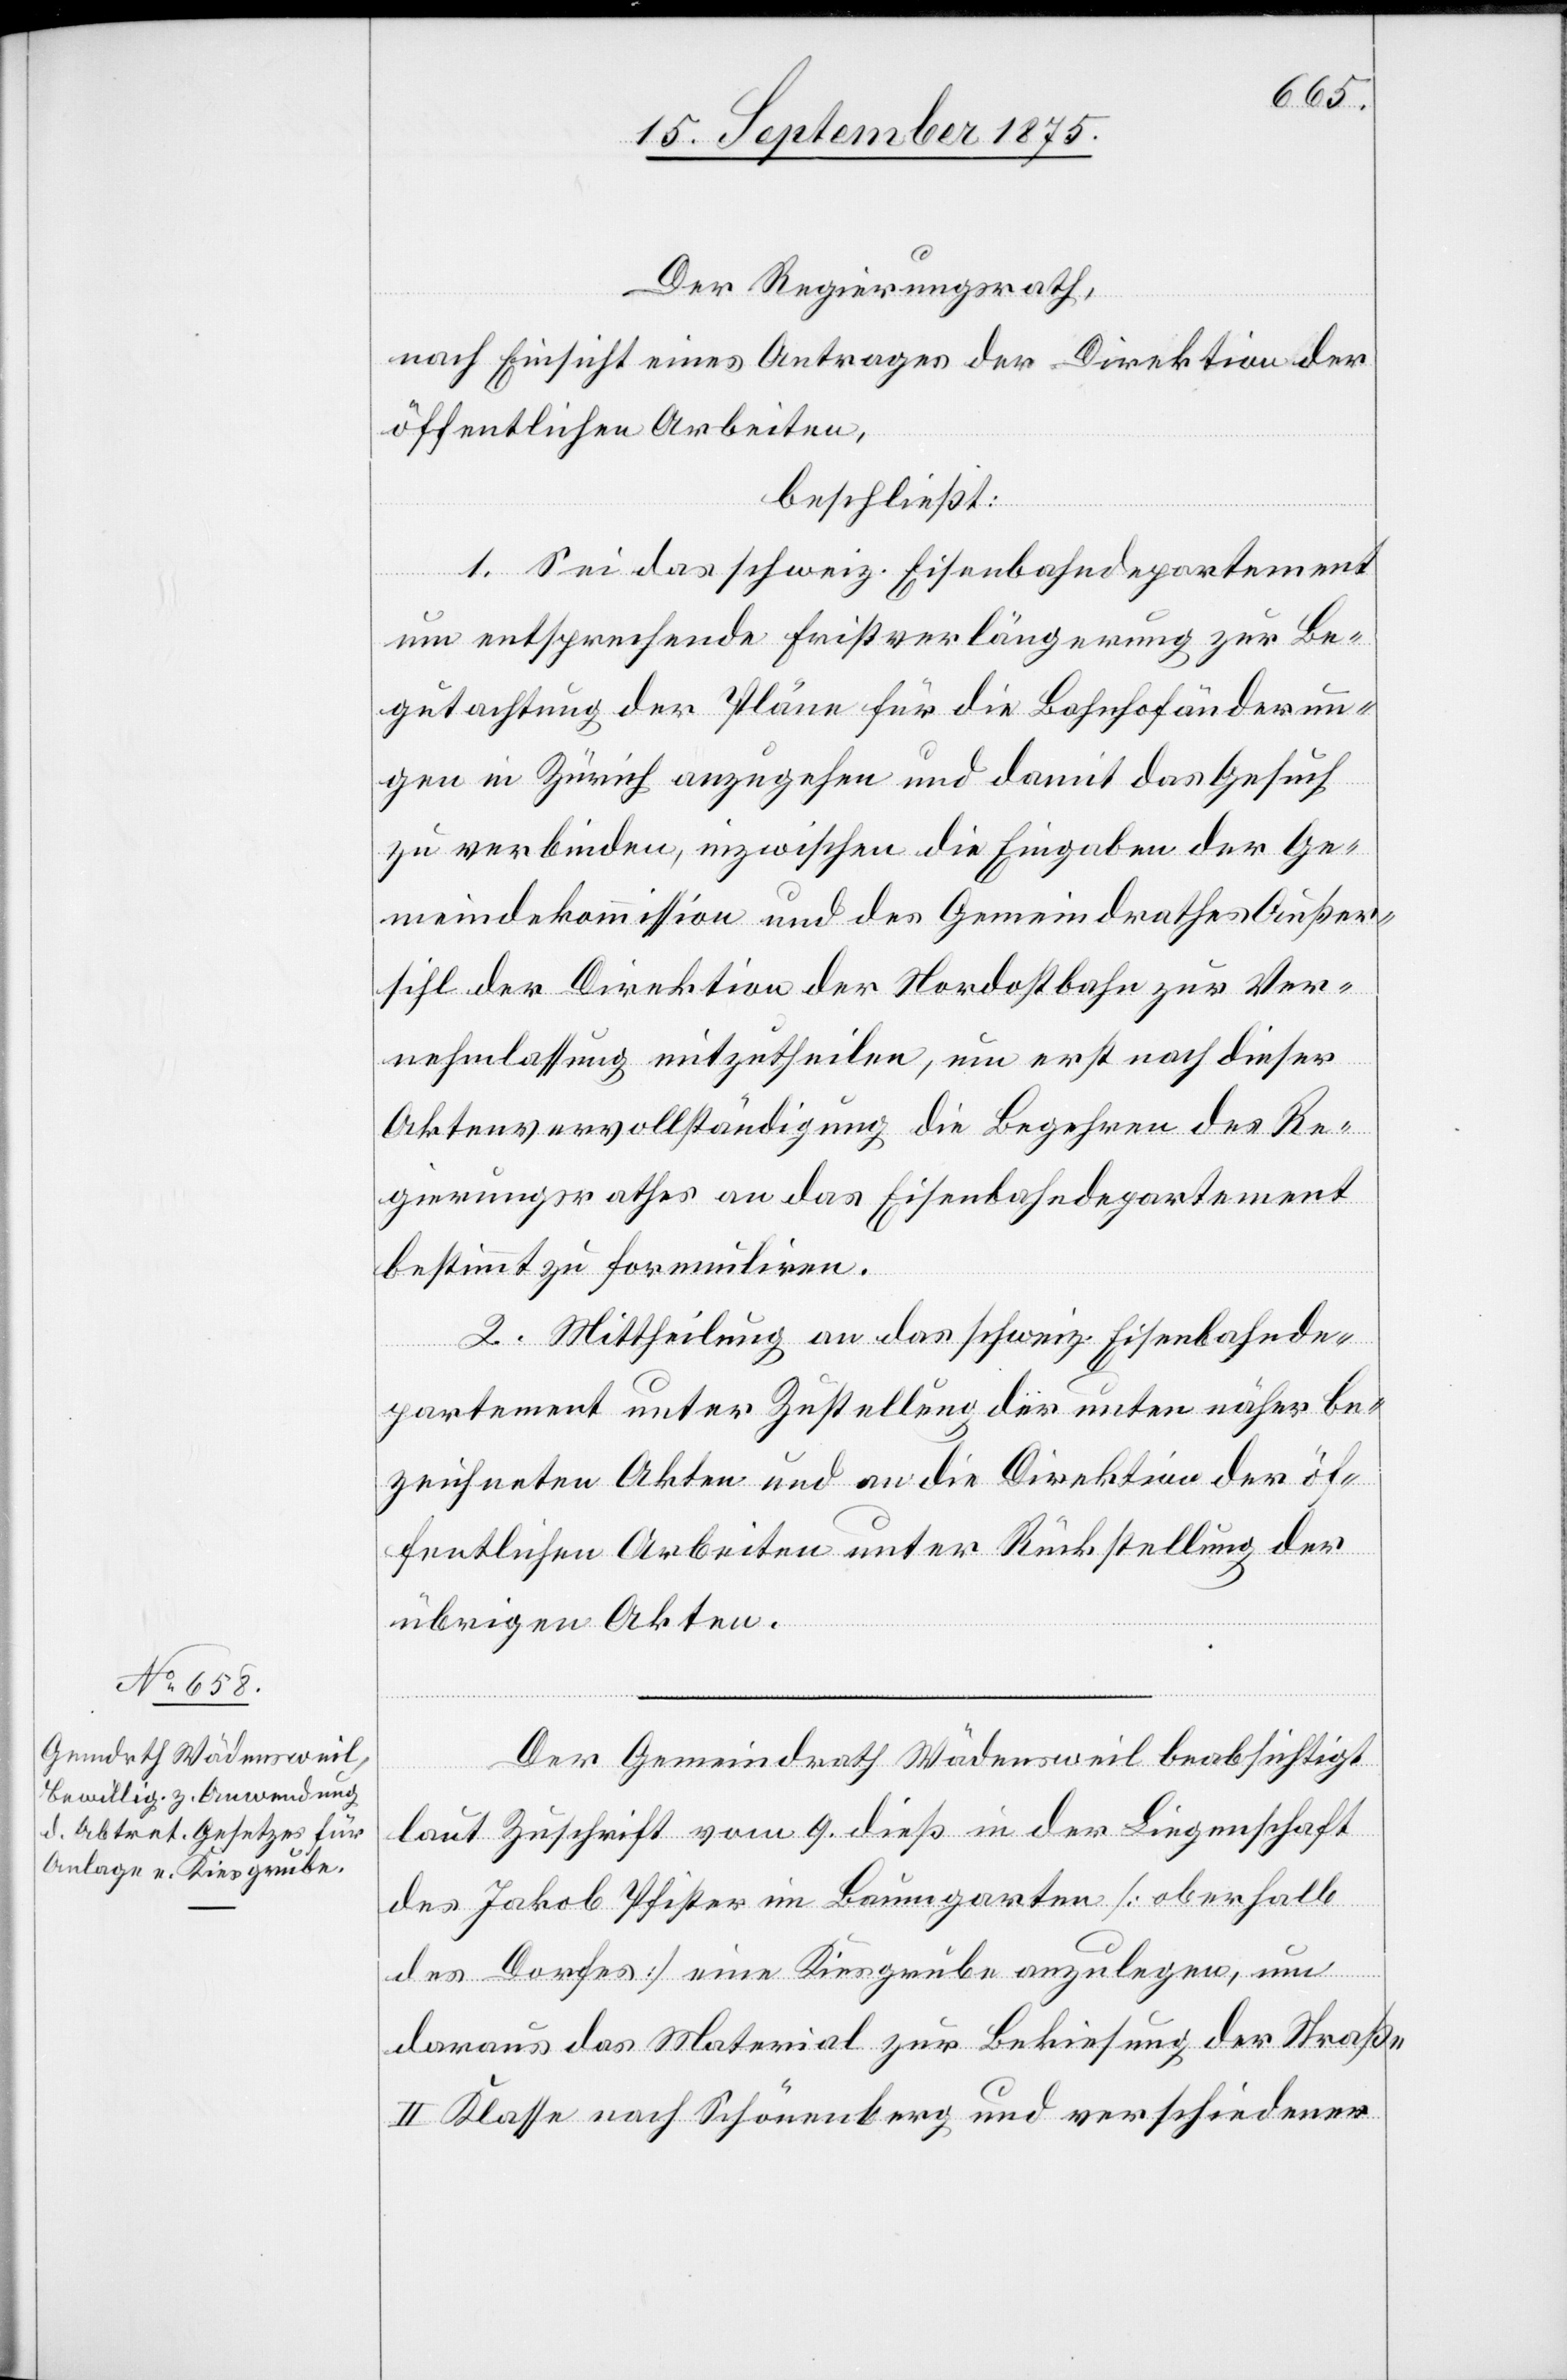
Der Regierungsrath,
nach Einsicht eines Antrages der Direktion der
öffentlichen Arbeiten,
beschließt:
1. Sei da schweiz. Eisenbahndepartement
um entsprechende Fristverlängerung zur Be¬
gutachtung der Pläne für die Bahnhofänderun¬
gen in Zürich anzugehen und damit das Gesuch
zu verbinden, inzwischen die Eingaben der Ge¬
meindekommission und des Gemeindrathes Außer¬
sihl der Direktion der Nordostbahn zur Ver¬
nehmlassung mitzutheilen, um erst nach dieser
Aktenvervollständigung die Begehren des Re¬
gierungsrathes an das Eisenbahndepartement
bestimmt zu formuliren.
2. Mittheilung an das schweiz. Eisenbahnde¬
partement unter Zustellung der unten näher be¬
zeichneten Akten und an die Direktion der öf¬
fentlichen Arbeiten unter Rückstellung der
übrigen Akten.
Der Gemeindrath Wädensweil beabsichtigt
laut Zuschrift vom 9. dieß in der Liegenschaft
des Jakob Pfister im Baumgarten [oberhalb
des Dorfes] eine Kiesgrube anzulegen, um
daraus das Material zur Bekiesung der Straße
II. Klasse nach Schönenberg und verschiedener